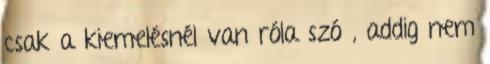
csak a kiemelésnél van róla szó , addig nem